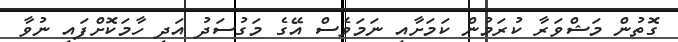
ގޮތުން މަޝްވަރާ ކުރަމުން ކަމަށާއި ނަމަވެސް އޭގެ މަގުސަދު އަދި ހާމަކޮށްފައި ނުވާ